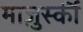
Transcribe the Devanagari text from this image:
माज़ुर्स्की